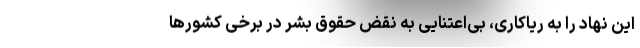
این نهاد را به ریاکاری، بی‌اعتنایی به نقض حقوق بشر در برخی کشورها